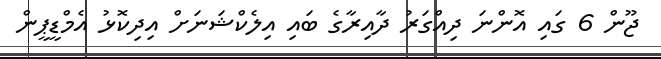
ޖޫން 6 ގައި އޮންނަ ދިއްގަރު ދާއިރާގެ ބައި އިލެކްޝަނަށް އިދިކޮޅު އެމްޑީޕީން